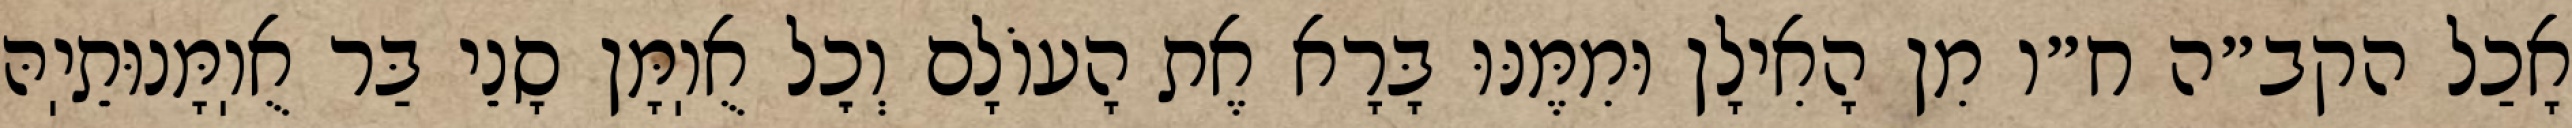
אָכַל הקב״ה ח״ו מִן הָאִילָן וּמִמֶּנּוּ בָּרָא אֶת הָעוֹלָם וְכׇל אֻוֽמָּן סָנֵי בַּר אֻוֽמָּנוּתֵיֽהּ